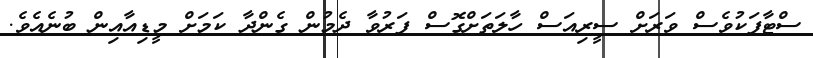
ސްޓާފަކުވެސް ވަރަށް ސީރިއަސް ހާލަތަށްގޮސް ފަރުވާ ދެމުން ގެންދާ ކަމަށް މީޑިއާއިން ބުނެއެވެ.